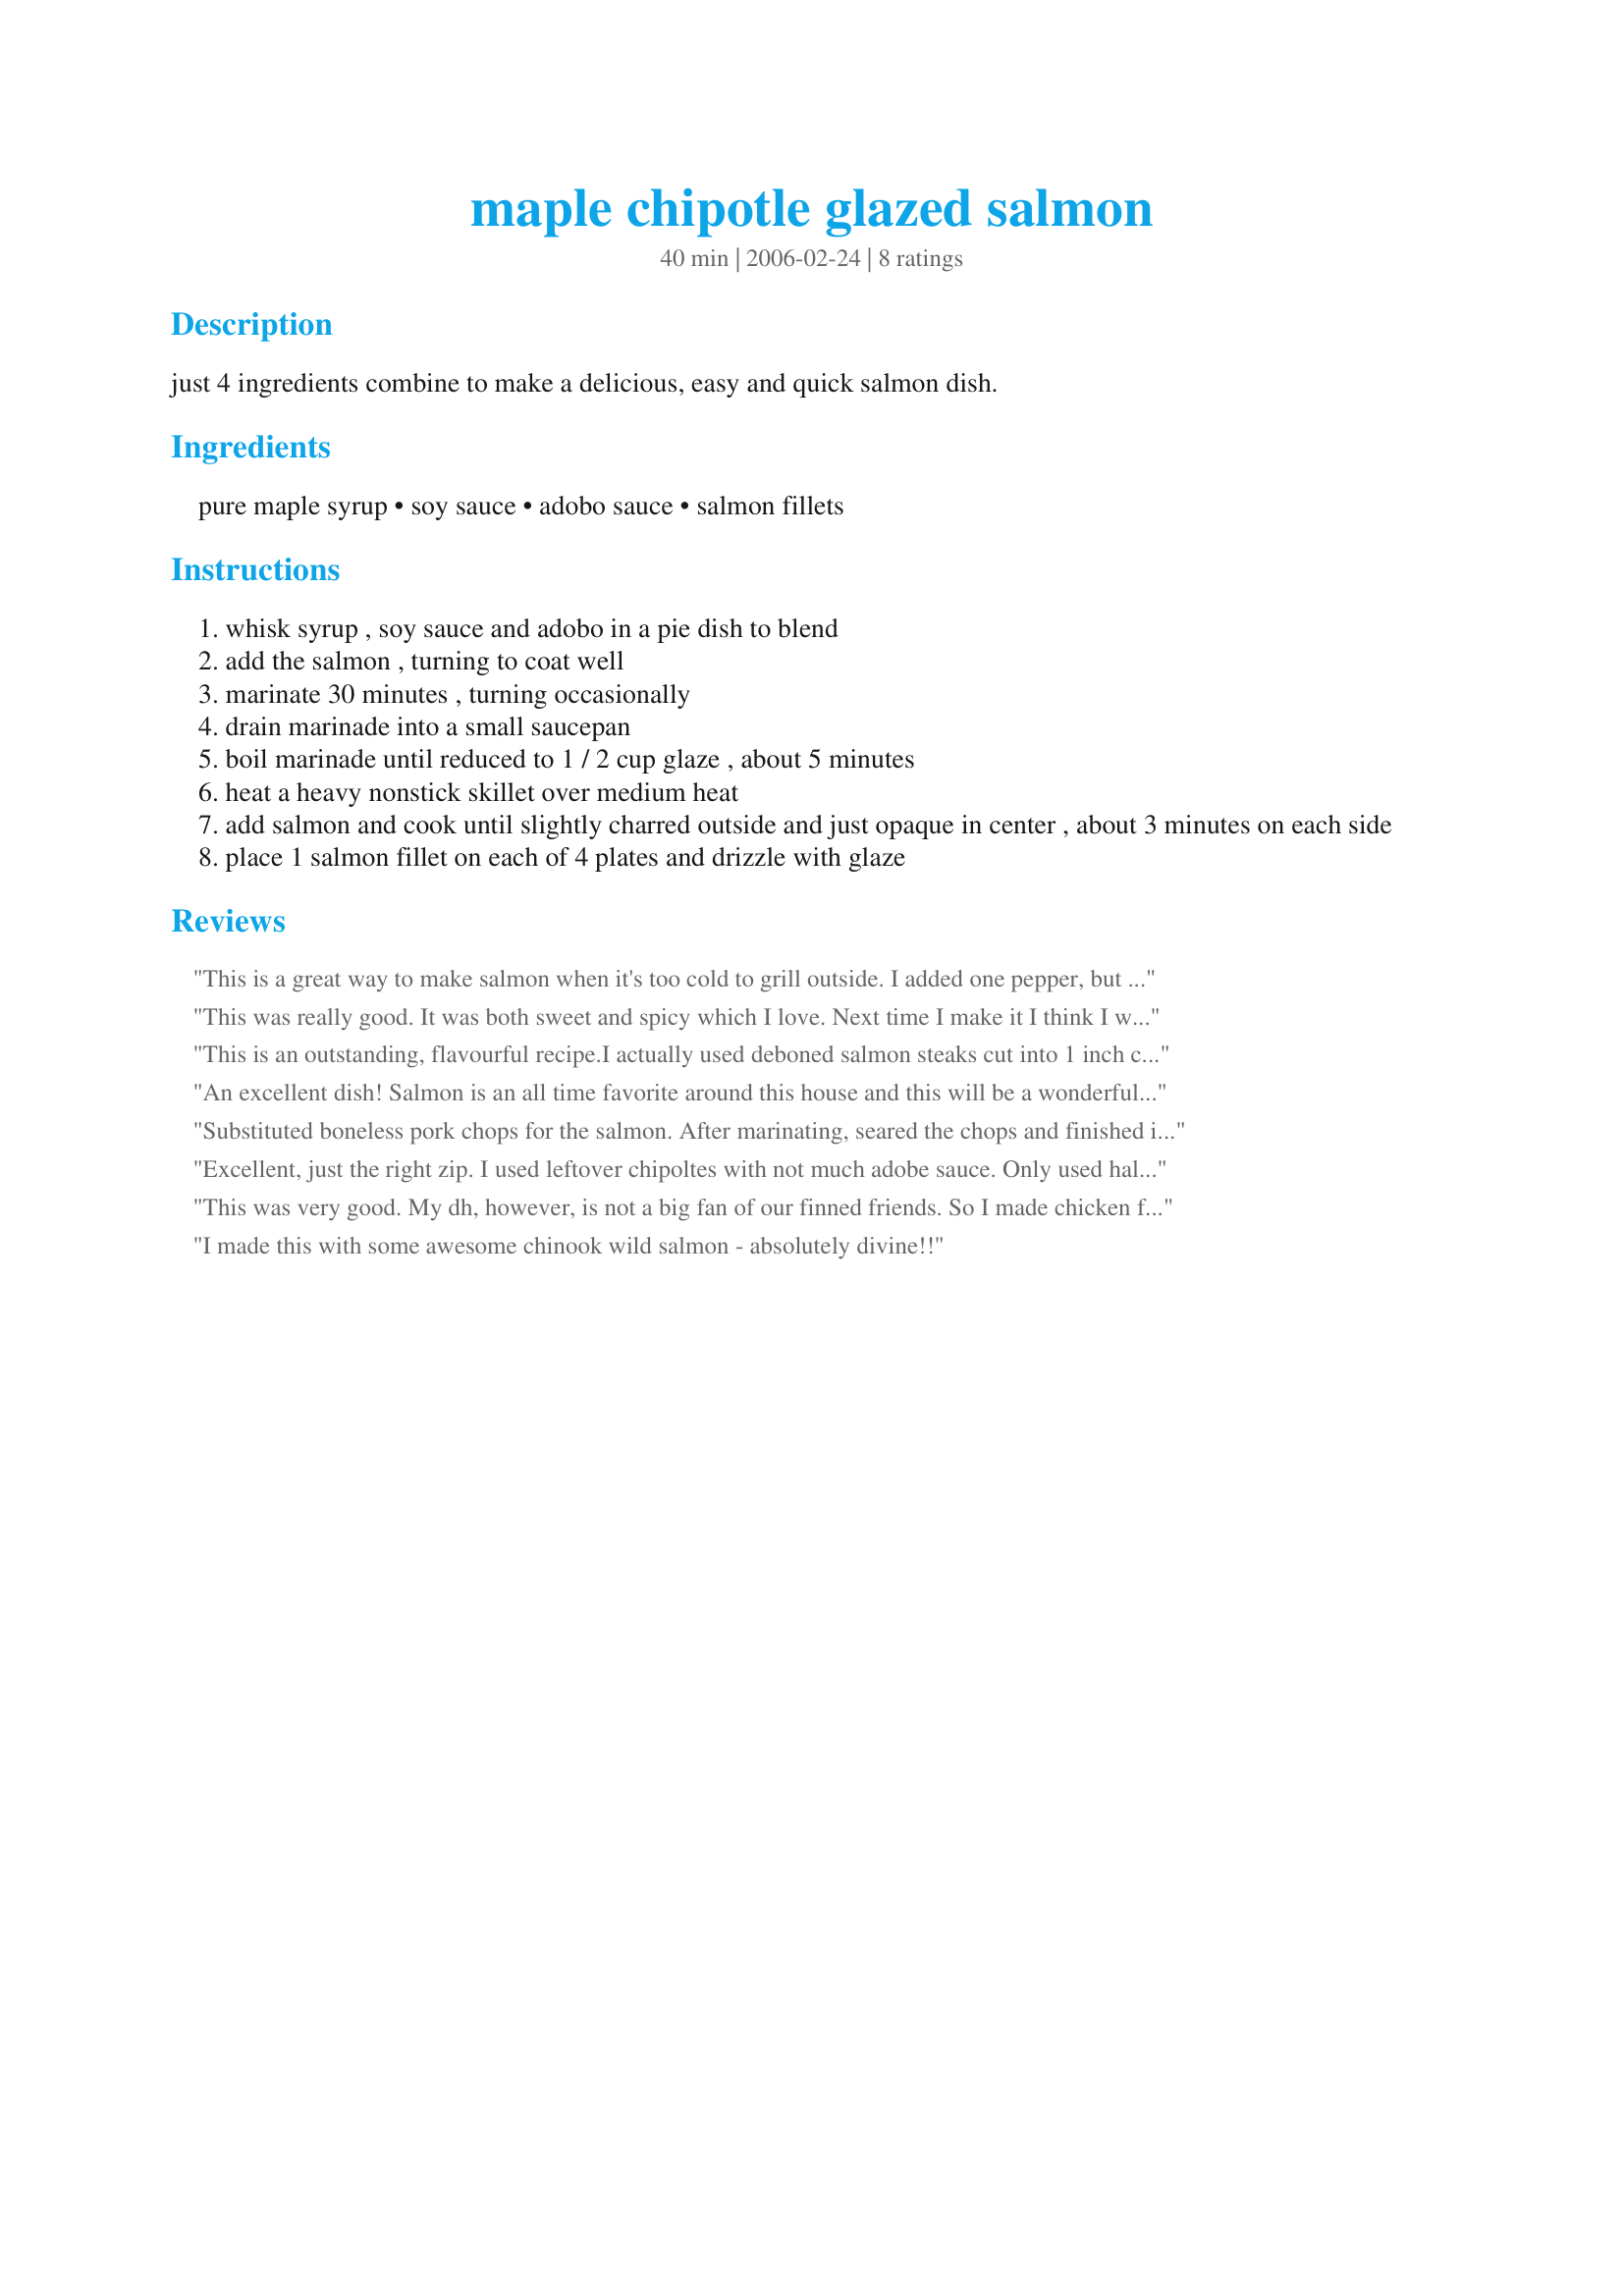
maple chipotle glazed salmon
Preparation time: 40 minutes

just 4 ingredients combine to make a delicious, easy and quick salmon dish.

Ingredients:
pure maple syrup, soy sauce, adobo sauce, salmon fillets

Steps:
whisk syrup , soy sauce and adobo in a pie dish to blend
add the salmon , turning to coat well
marinate 30 minutes , turning occasionally
drain marinade into a small saucepan
boil marinade until reduced to 1 / 2 cup glaze , about 5 minutes
heat a heavy nonstick skillet over medium heat
add salmon and cook until slightly charred outside and just opaque in center , about 3 minutes on each side
place 1 salmon fillet on each of 4 plates and drizzle with glaze

Reviews:
This is a great way to make salmon when it's too cold to grill outside. I added one pepper, but tried to keep the seeds out since I don't like things too spicy. I will be making this one again.
This was really good. It was both sweet and spicy which I love. Next time I make it I think I will decrease the soy and maybe even the maple but keep the peppers. THis is surely a keeper! Thanks for the great recipe!
This is an outstanding, flavourful recipe.I actually used deboned salmon steaks cut into 1 inch chunks and skewered.I also basted the pieces on the barbie.The hungry bunch could not get enough. As my dearest always says,"It's a keeper"
An excellent dish! Salmon is an all time favorite around this house and this will be a wonderful addition to the many ways to prepare it. I did add 1 minced chipotle and next time around may even up that by adding another. We grilled the salmon on the grill, brushed it with the glaze the last couple of minutes and then added additional glaze when serving.
Substituted boneless pork chops for the salmon. After marinating, seared the chops and finished in 400 degree oven. Delicious!
Excellent, just the right zip. I used leftover chipoltes with not much adobe sauce. Only used half the sauce to marinade and after cooking the salmon in the pan, then we poured the marinade into pan to thicken and served over top. The other half of marinade not used will be tried on either chicken or shrimp.
This was very good. My dh, however, is not a big fan of our finned friends. So I made chicken for him. He liked it very much. As for me, anything with chipotle is a winner. I loved the simplicity of this dish. We will have it again. I bet it would also taste good on grilled shrimp. Hmmm. Perhaps next time. Thank you very much for the recipe!
I made this with some awesome chinook wild salmon - absolutely divine!!
